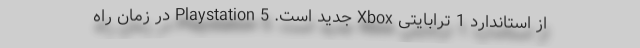
از استاندارد 1 ترابایتی Xbox جدید است. Playstation 5 در زمان راه‌